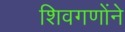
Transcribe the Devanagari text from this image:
शिवगणोंने